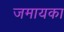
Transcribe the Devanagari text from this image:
जमायका